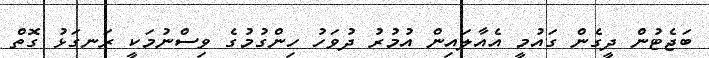
ބަޖެޓުން ދީގެން ގައުމީ އެއާލައިން އުމުރު ދުވަހު ހިންގުމުގެ ވިސްނުމަކީ ރަނގަޅު ގޮތް